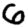
Digit: 6